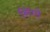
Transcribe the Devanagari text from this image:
लिंग्वे